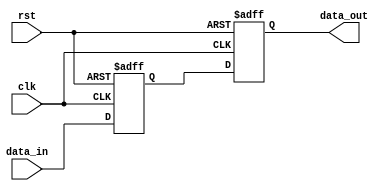
module edge_triggered_latch (
    input wire clk,
    input wire rst,
    input wire data_in,
    output reg data_out
);

// Define the flip-flop registers
reg data_ff1, data_ff2;

// Sequential logic block
always @(posedge clk or negedge rst) begin
    if (!rst) begin
        data_ff1 <= 1'b0;
        data_ff2 <= 1'b0;
    end else begin
        data_ff1 <= data_in;
        data_ff2 <= data_ff1;
    end
end

// Output data
assign data_out = data_ff2;

endmodule